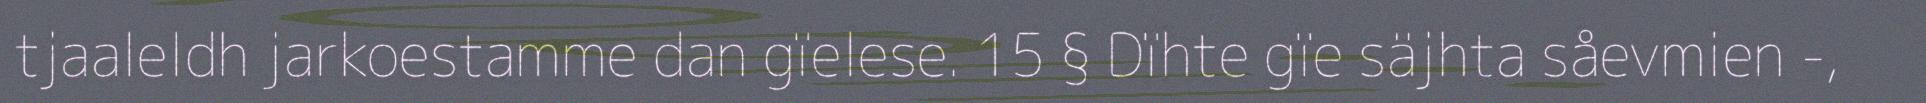
tjaaleldh jarkoestamme dan gïelese. 15 § Dïhte gïe säjhta såevmien -,